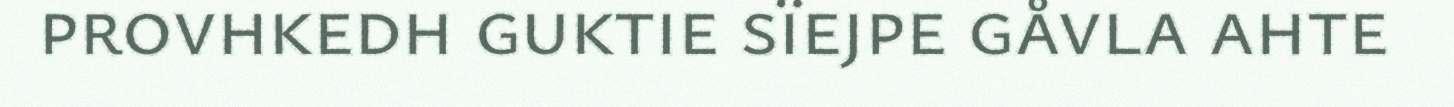
provhkedh guktie sïejpe gåvla ahte